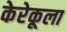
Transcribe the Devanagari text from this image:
केरेकूला